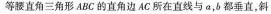
等腰直角三角形 ABC 的直角边AC所在直线与 a，b 都垂直，斜